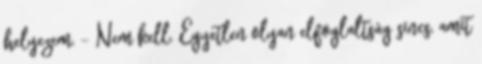
helyezem. - Nem kell. Egyetlen olyan elfoglaltság sincs, amit